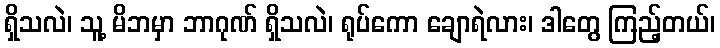
ရှိသလဲ၊ သူ့ မိဘမှာ ဘာဂုဏ် ရှိသလဲ၊ ရုပ်ကော ချောရဲလား၊ ဒါတွေ ကြည့်တယ်၊